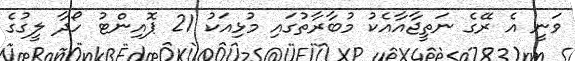
ވަނީ އެ ރޭގެ ނަތީޖާއާއެކު މުބާރާތުގައި މުޅިއަކު 21 ޕޮއިންޓު ހޯދާ ލީގުގެ